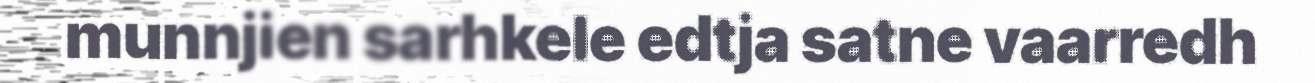
munnjien sarhkele edtja satne vaarredh